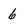
Character: 6